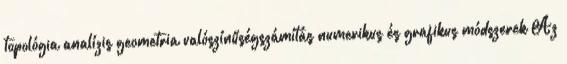
topológia analízis geometria valószínűségszámítás numerikus és grafikus módszerek Az